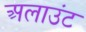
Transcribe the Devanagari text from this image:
अलाउंट